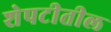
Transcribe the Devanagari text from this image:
शेपटीतील